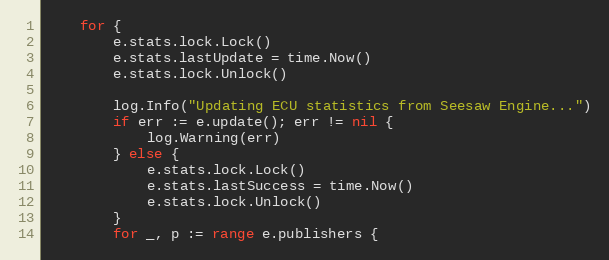
Language: Go
	for {
		e.stats.lock.Lock()
		e.stats.lastUpdate = time.Now()
		e.stats.lock.Unlock()

		log.Info("Updating ECU statistics from Seesaw Engine...")
		if err := e.update(); err != nil {
			log.Warning(err)
		} else {
			e.stats.lock.Lock()
			e.stats.lastSuccess = time.Now()
			e.stats.lock.Unlock()
		}
		for _, p := range e.publishers {